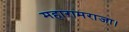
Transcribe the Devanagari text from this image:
महारामराजा।